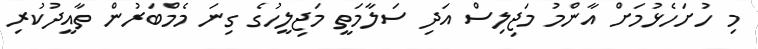
މި ހުށަހެޅުމަށް އާންމު މަޖިލިސް އަދި ސަލާމަތީ މަޖިލީހުގެ ގިނަ މެމްބަރުން ތާއީދުކުރި